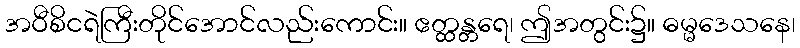
အဝီစိငရဲကြီးတိုင်အောင်လည်းကောင်း။ ဧတ္ထန္တရေ၊ ဤအတွင်း၌။ ဓမ္မဒေသနေ၊